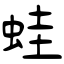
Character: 蛙